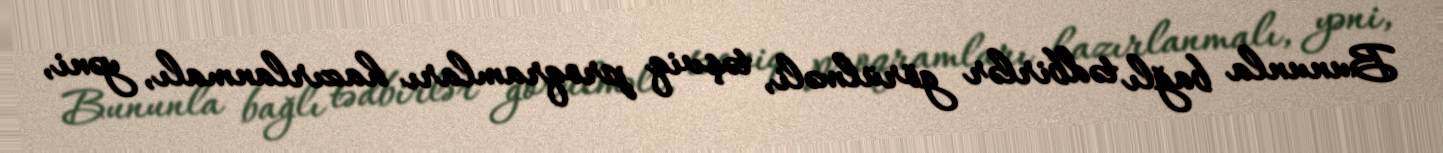
Bununla bağlı tədbirlər görülməli, təşviq proqramları hazırlanmalı, yəni,